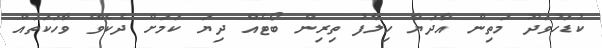
ކުޑަހުވަދޫ މަތިން އާދަޔާ ހިލާފު ތިރިން ބޯޓެއް ދިޔަ ކަމަށް ދެކެވޭ ވާހަކަތައް